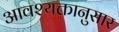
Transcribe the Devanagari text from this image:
आवश्यक्तानुसार